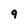
Character: 9